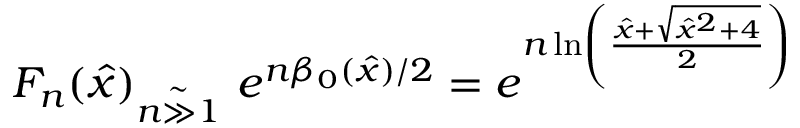
F _ { n } ( \hat { x } ) { } _ { \stackrel { \mathrm { \Large ~ \sim ~ } } { n \gg 1 } } \ e ^ { n \beta _ { 0 } ( { \hat { x } } ) / 2 } = e ^ { n \ln \left( \frac { { \hat { x } } + \sqrt { { \hat { x } } ^ { 2 } + 4 } } { 2 } \right) }